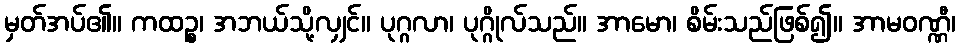
မှတ်အပ်၏။ ကထဉ္စ၊ အဘယ်သို့လျှင်။ ပုဂ္ဂလာ၊ ပုဂ္ဂိုလ်သည်။ အာမော၊ စိမ်းသည်ဖြစ်၍။ အာမဝဏ္ဏီ၊